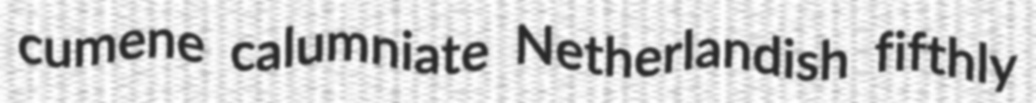
cumene calumniate Netherlandish fifthly